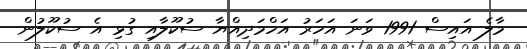
މާލެ އައިސް 1991 ވަނަ އަހަރު އަހްމަދިއްޔާ ސުކޫލާއި ގުޅި އެ ސުކޫލުން